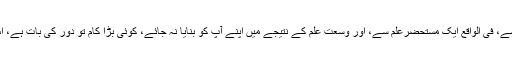
جب تک حالتِ قیام سے، قرآنِ پاک کے ساتھ شغف سے، فی الواقع ایک مستحضرعلم سے، اور وسعتِ علم کے نتیجے میں اپنے آپ کو بنایا نہ جائے، کوئی بڑا کام تو دُور کی بات ہے، اس ذمہ داری کا ہلکا سا بوجھ بھی نہیں اُٹھایا جاسکتا۔